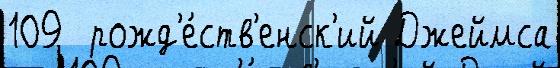
109  рожд'е́ств'енск'ий Джеймса